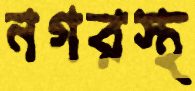
নগরস্থ